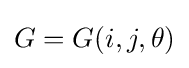
G=G(i,j,\theta )